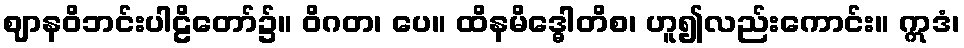
ဈာနဝိဘင်းပါဠိတော်၌။ ဝိဂတ၊ ပေ။ ထိနမိဒ္ဓေါတိစ၊ ဟူ၍လည်းကောင်း။ ဣဒံ၊